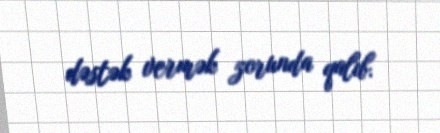
dəstək vermək zorunda qalıb.